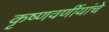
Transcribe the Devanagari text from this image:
कृष्णवर्णीयांचे